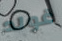
غولد